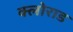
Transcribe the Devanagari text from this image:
क्लोराड